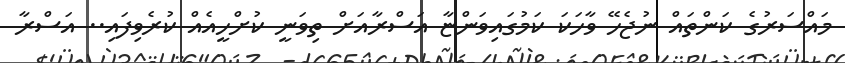
މައްސަރުގެ ކަންތައް ނުޖެހޭ ވާހަކަ ކަމުގައިވަންޏާ އަސްރާއަށް ތިވަނީ ކުށްހީއެއް ކުރެވިފައި.. އަސްރާ